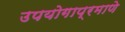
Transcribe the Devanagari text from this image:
उपयोगाप्रमाणे